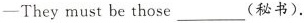
-They must be those_(秘书).